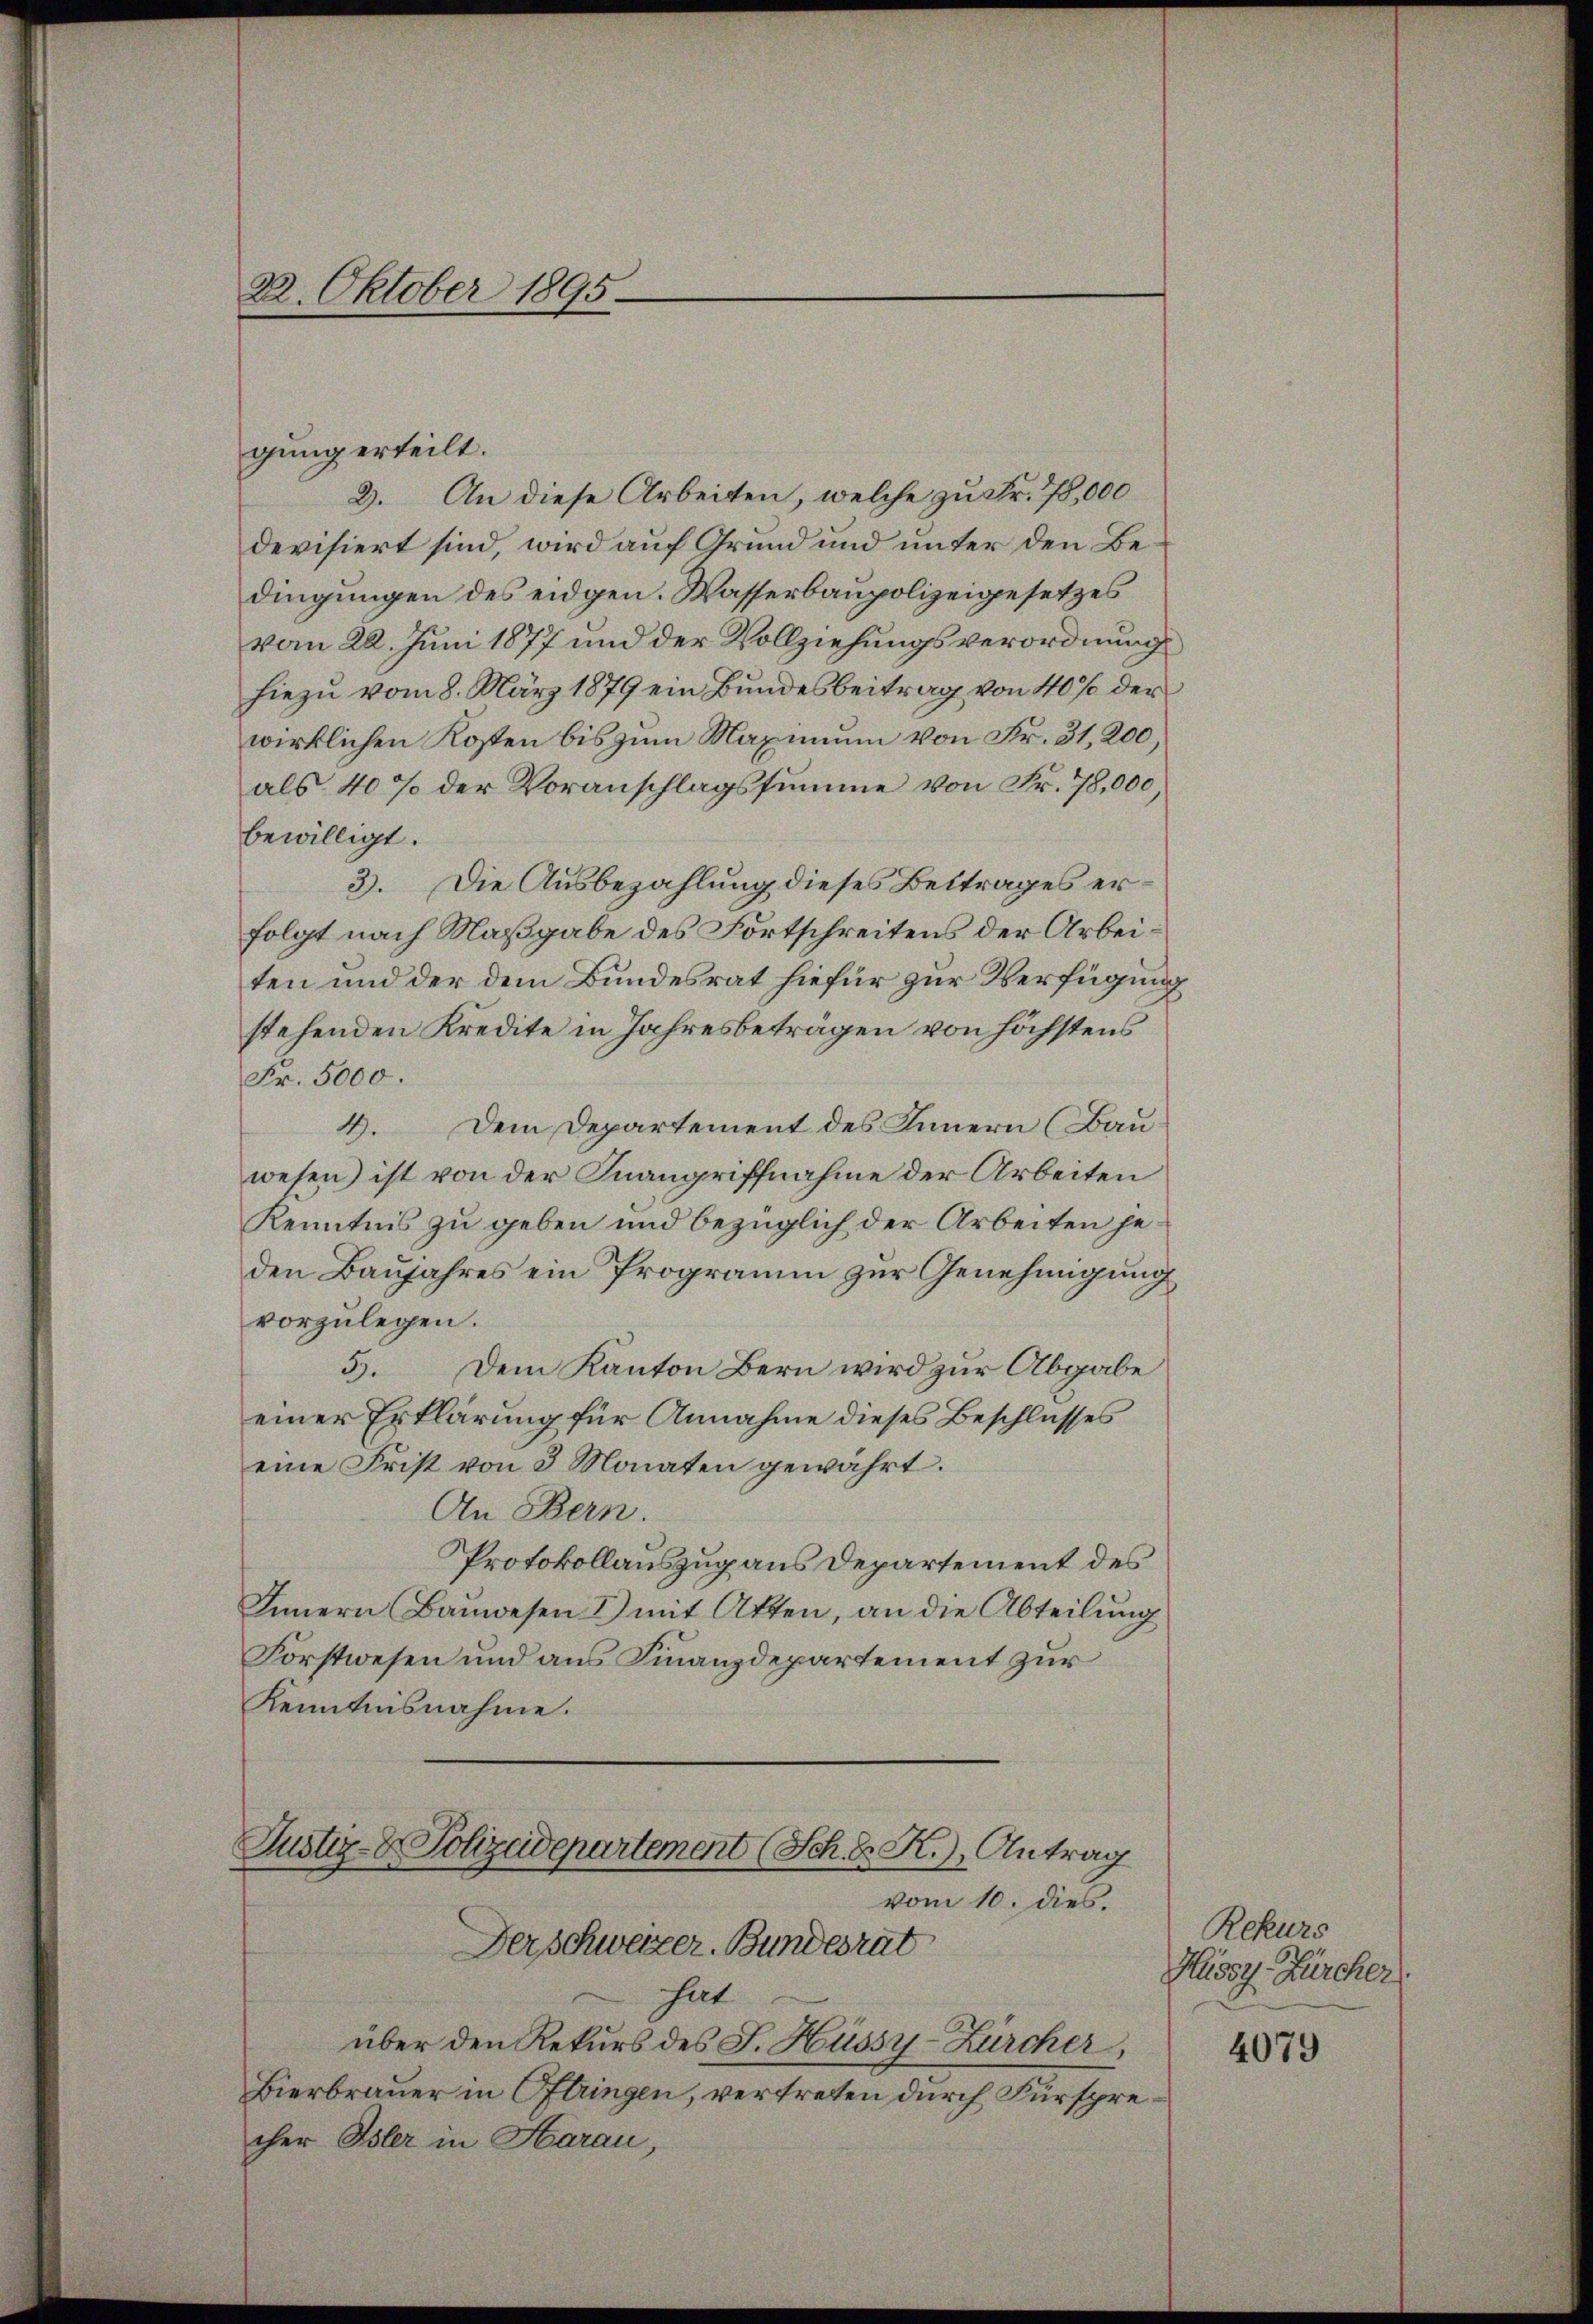
22. Oktober 1895.

gung erteilt.
2. An diese Arbeiten, welche zu Fr. 78,000
devisiert sind, wird auf Grund und unter den Bedingungen des eidgen. Wasserbaupolizeigesetzes
vom 22. Juni 1877 und der Vollziehungsverordnung
hiezu vom 8. März 1879 ein Bundesbeitrag von 40% der
wirklichen Kosten bis zum Maximum von Fr. 31, 200,
als 40% der Voranschlagssumme von Fr. 78,000,
bewilligt.
3. Die Ausbezahlung dieses Bettrages erfolgt nach Maßgabe des Fortschreitens der Arbeiten und der dem Bundesrat hiefür zur Verfügung
stehenden Kredite in Jahresbeträgen von höchstens
Fr. 5000.
4. Dem Departement des Innern (Bau
wesen ist von der Inangriffnahme der Arbeiten
Kenntnis zu geben und bezüglich der Arbeiten jeden Baujahres ein Programm zur Genehmigung
vorzulegen.
5.
Dem Kanton Bern wird zur Abgabe
einer Erklärung für Annahme dieses Beschlusses
eine Frist von 3 Monaten gewährt.
An Bern.
Protokollauszug aus Departement des
Innern Bauwesen & mit Atten, an die Abteilung
Forstwesen und aus Finanzdepartement zur
Kenntnisnahme.

Justiz- & Polizeidepartement (Sch. d. R.) Antrag
vom 10. dies.
Der schweizer. Bundesrat
hat
über den Rekurs des J. Hüssy-Zürcher,

Bierbrauer in Oftungen, vertreten durch Fürsprecher Isler in Harau,

Rekurs
Hüssy-Zürcher

4079